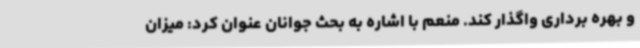
و بهره برداری واگذار کند. منعم با اشاره به بحث جوانان عنوان کرد: میزان